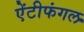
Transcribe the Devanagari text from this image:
ऐंटीफंगल